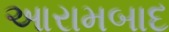
આરામબાદ